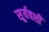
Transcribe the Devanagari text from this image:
सूर्यवशीं